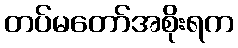
တပ်မတော်အစိုးရက